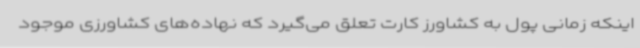
اینکه زمانی پول به کشاورز کارت تعلق می‌گیرد که نهاده‌های کشاورزی موجود